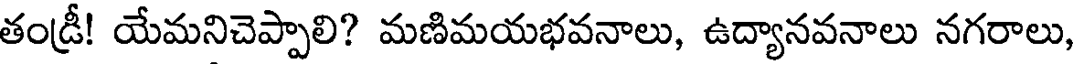
తండ్రీ! యేమనిచెప్పాలి? మణిమయభవనాలు, ఉద్యానవనాలు నగరాలు,